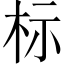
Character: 标